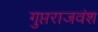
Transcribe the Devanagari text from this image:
गुप्तराजवंश